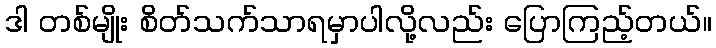
ဒါ တစ်မျိုး စိတ်သက်သာရမှာပါလို့လည်း ပြောကြည့်တယ်။